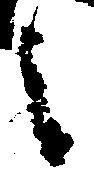
之